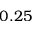
0 . 2 5